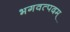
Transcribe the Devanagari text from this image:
भगवत्पदम्